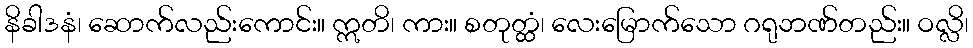
နိခါဒနံ၊ ဆောက်လည်းကောင်း။ ဣတိ၊ ကား။ စတုတ္ထံ၊ လေးမြောက်သော ဂရုဘဏ်တည်း။ ဝလ္လိ၊